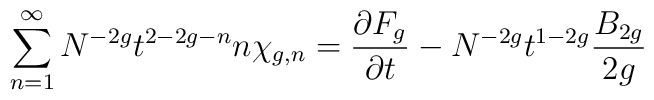
\sum_{n=1}^{\infty} N^{-2 g } t^{2 - 2 g - n}n \chi_{g,n} = { \partial F_g \over \partial t} - N^{-2 g} t^{1 - 2 g } {B_{2 g } \over 2 g }